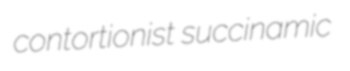
contortionist succinamic